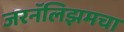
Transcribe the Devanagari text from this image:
जरनॅलिझमचा